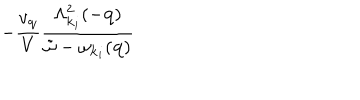
LaTeX: - \frac { v _ { { \bf { q } } } } { V } \frac { \Lambda _ { { \bf { k } } _ { i } } ^ { 2 } ( - { \bf { q } } ) } { { \tilde { \omega } } - \omega _ { { \bf { k } } _ { i } } ( { \bf { q } } ) }